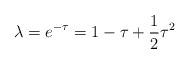
LaTeX: \begin{align*}\lambda = e^{-\tau} = 1-\tau +\frac{1}{2}\tau^{2}\end{align*}